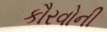
કૌરવોની